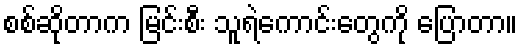
စစ်ဆိုတာက မြင်းစီး သူရဲကောင်းတွေကို ပြောတာ။